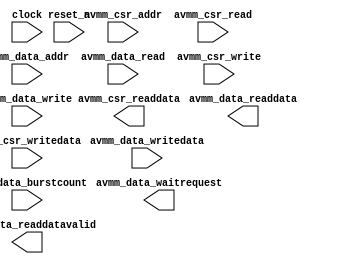

module unnamed (
	clock,
	reset_n,
	avmm_data_addr,
	avmm_data_read,
	avmm_data_writedata,
	avmm_data_write,
	avmm_data_readdata,
	avmm_data_waitrequest,
	avmm_data_readdatavalid,
	avmm_data_burstcount,
	avmm_csr_addr,
	avmm_csr_read,
	avmm_csr_writedata,
	avmm_csr_write,
	avmm_csr_readdata);	

	input		clock;
	input		reset_n;
	input	[14:0]	avmm_data_addr;
	input		avmm_data_read;
	input	[31:0]	avmm_data_writedata;
	input		avmm_data_write;
	output	[31:0]	avmm_data_readdata;
	output		avmm_data_waitrequest;
	output		avmm_data_readdatavalid;
	input	[3:0]	avmm_data_burstcount;
	input		avmm_csr_addr;
	input		avmm_csr_read;
	input	[31:0]	avmm_csr_writedata;
	input		avmm_csr_write;
	output	[31:0]	avmm_csr_readdata;
endmodule